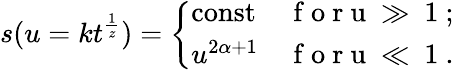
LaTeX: s(u=kt^{\frac{1}{z}})=\left\{ \begin{array}{ll}{\mathrm{const}}&{\mathrm{~f~o~r~u~\gg~1~};}\\ {u^{2\alpha+1}}&{\mathrm{~f~o~r~u~\ll~1~}.}\end{array}\right.